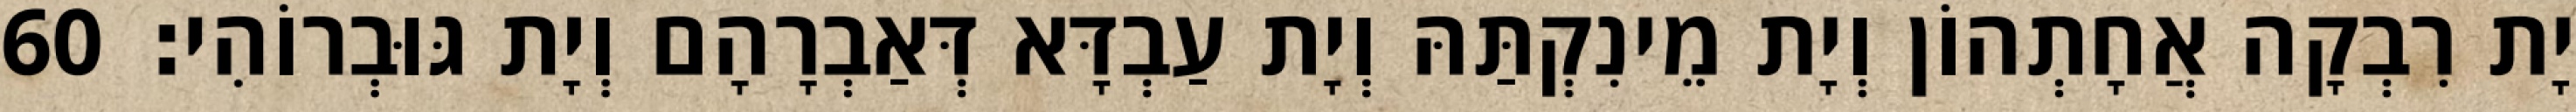
יָת רִבְקָה אֲחָתְהוֹן וְיָת מֵינִקְתַּהּ וְיָת עַבְדָּא דְּאַבְרָהָם וְיָת גּוּבְרוֹהִי׃ 60